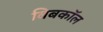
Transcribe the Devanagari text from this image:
बिबकॉल